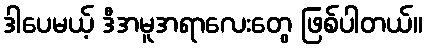
ဒါပေမယ့် ဒီအမူအရာလေးတွေ ဖြစ်ပါတယ်။